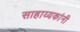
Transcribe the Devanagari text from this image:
साहाय्यकांनी